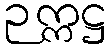
ဉက္ကဋ္ဌ